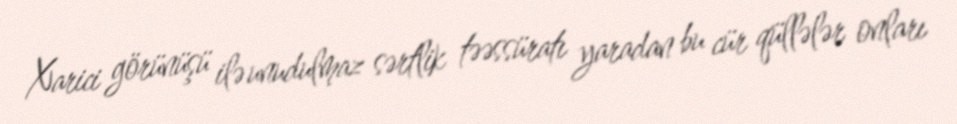
Xarici görünüşü ilə unudulmaz sərtlik təəssüratı yaradan bu cür qüllələr onları